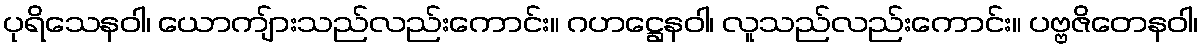
ပုရိသေနဝါ၊ ယောကျ်ားသည်လည်းကောင်း။ ဂဟဋ္ဌေနဝါ၊ လူသည်လည်းကောင်း။ ပဗ္ဗဇိတေနဝါ၊